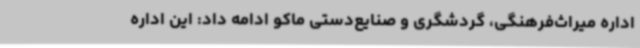
اداره میراث‌فرهنگی، گردشگری و صنایع‌دستی ماکو ادامه داد: این اداره